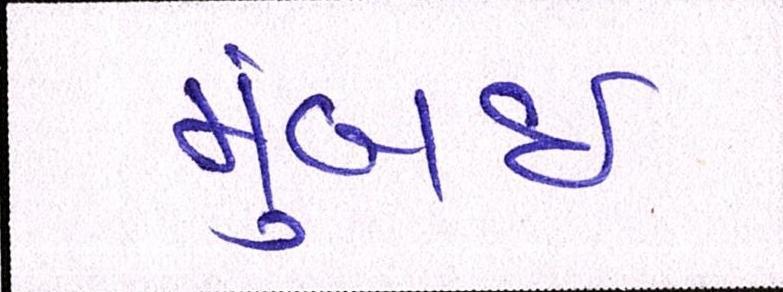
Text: મુંબઈઃ